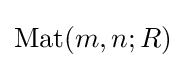
\operatorname {Mat} (m,n;R)